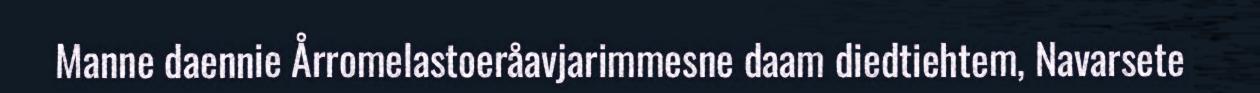
Manne daennie Årromelastoeråavjarimmesne daam diedtiehtem, Navarsete